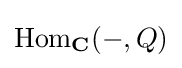
\operatorname {Hom} _{\mathbf {C} }(-,Q)